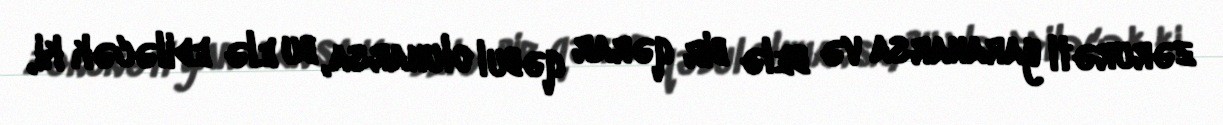
zərurəti yaranarsa və belə bir qərar qəbul olunarsa, bu elə ediləcək ki,